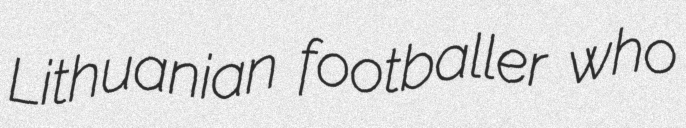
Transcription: Lithuanian footballer who